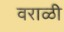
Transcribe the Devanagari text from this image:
वराळी